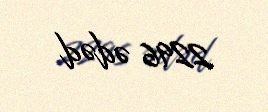
2296 ədəd